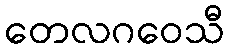
တေလဂဝေသီ